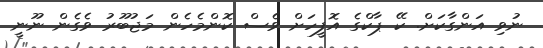
ނުވި އަންގާކަށް. ކޭ ޕާކްގެ އޮފީހަށް ވެސް ކޮންމެހެން މަޖުބޫރު ވެގެން ނޫނީ